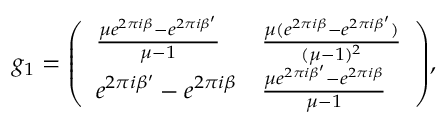
\, \, \, g _ { 1 } = { \left( \begin{array} { l l } { { \frac { \mu e ^ { 2 \pi i \beta } - e ^ { 2 \pi i \beta ^ { \prime } } } { \mu - 1 } } } & { { \frac { \mu ( e ^ { 2 \pi i \beta } - e ^ { 2 \pi i \beta ^ { \prime } } ) } { ( \mu - 1 ) ^ { 2 } } } } \\ { e ^ { 2 \pi i \beta ^ { \prime } } - e ^ { 2 \pi i \beta } } & { { \frac { \mu e ^ { 2 \pi i \beta ^ { \prime } } - e ^ { 2 \pi i \beta } } { \mu - 1 } } } \end{array} \right) } ,